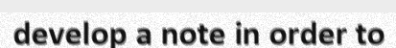
develop a note in order to